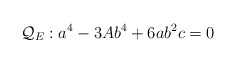
\begin{align*}\mathcal{Q}_E : a^4 - 3 A b^4 + 6 a b^2 c = 0\end{align*}